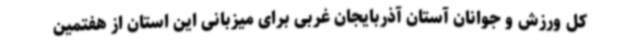
کل ورزش و جوانان آستان آذربایجان غربی برای میزبانی این استان از هفتمین